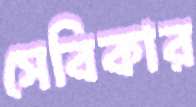
সেবিকার